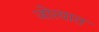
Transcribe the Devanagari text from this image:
जोत्यात